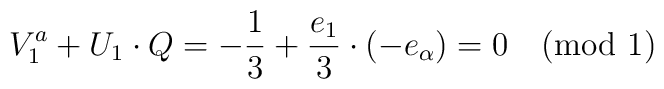
V^a_1 + U_1 \cdot Q =-{1 \over 3} + {e_{1} \over 3} \cdot (-e_{\alpha}) = 0 \pmod{1}